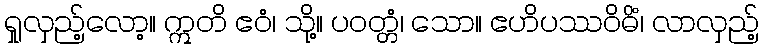
ရှုလှည့်လော့။ ဣတိ ဧဝံ၊ သို့။ ပဝတ္တံ၊ သော။ ဧဟိပဿဝိဓိံ၊ လာလှည့်